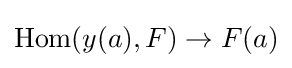
\operatorname {Hom} (y(a),F)\to F(a)